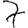
Digit: 7